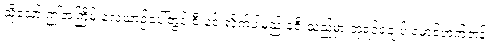
သို့သော် ဤအကြိမ် လေယာဉ်ပေါ်တွင် စီးနင်းလိုက်ပါမည့် ခရီးသည်မှာ ဘုရင်ခံချုပ် မောင့်ဘက်တန်